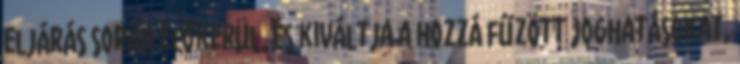
eljárás során előkerül, és kiváltja a hozzá fűzött joghatásokat,